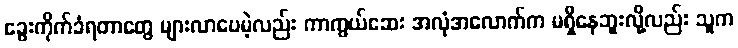
ခွေးကိုက်ခံရတာတွေ များလာပေမဲ့လည်း ကာကွယ်ဆေး အလုံအလောက်က မရှိနေဘူးလို့လည်း သူက